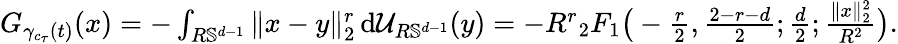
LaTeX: \begin{array}{r}{G_{\gamma_{c_{\tau}}(t)}(x)=-\int_{R\mathbb{S}^{d-1}}\| x-y\| _{2}^{r}\, \mathrm{d}\mathcal U_{R\mathbb{S}^{d-1}}(y)=-R^{r}{_2F_{1}}\big(-\frac{r}{2},\frac{2-r-d}{2};\frac{d}{2};\frac{\| x\| _{2}^{2}}{R^{2}}\big).}\end{array}